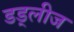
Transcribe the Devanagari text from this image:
डड्लीज